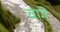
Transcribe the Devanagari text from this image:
वागे